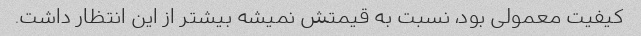
کیفیت معمولی بود، نسبت به قیمتش نمیشه بیشتر از این انتظار داشت.